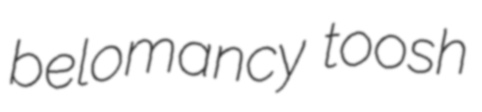
belomancy toosh